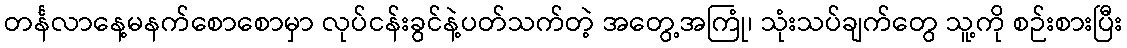
တင်္နလာနေ့မနက်စောစောမှာ လုပ်ငန်းခွင်နဲ့ပတ်သက်တဲ့ အတွေ့အကြုံ၊ သုံးသပ်ချက်တွေ သူ့ကို စဉ်းစားပြီး